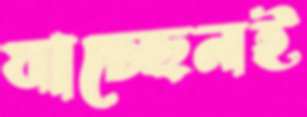
যাচ্ছেনই